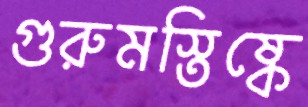
গুরুমস্তিষ্কে